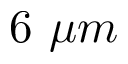
6 ~ \mu m